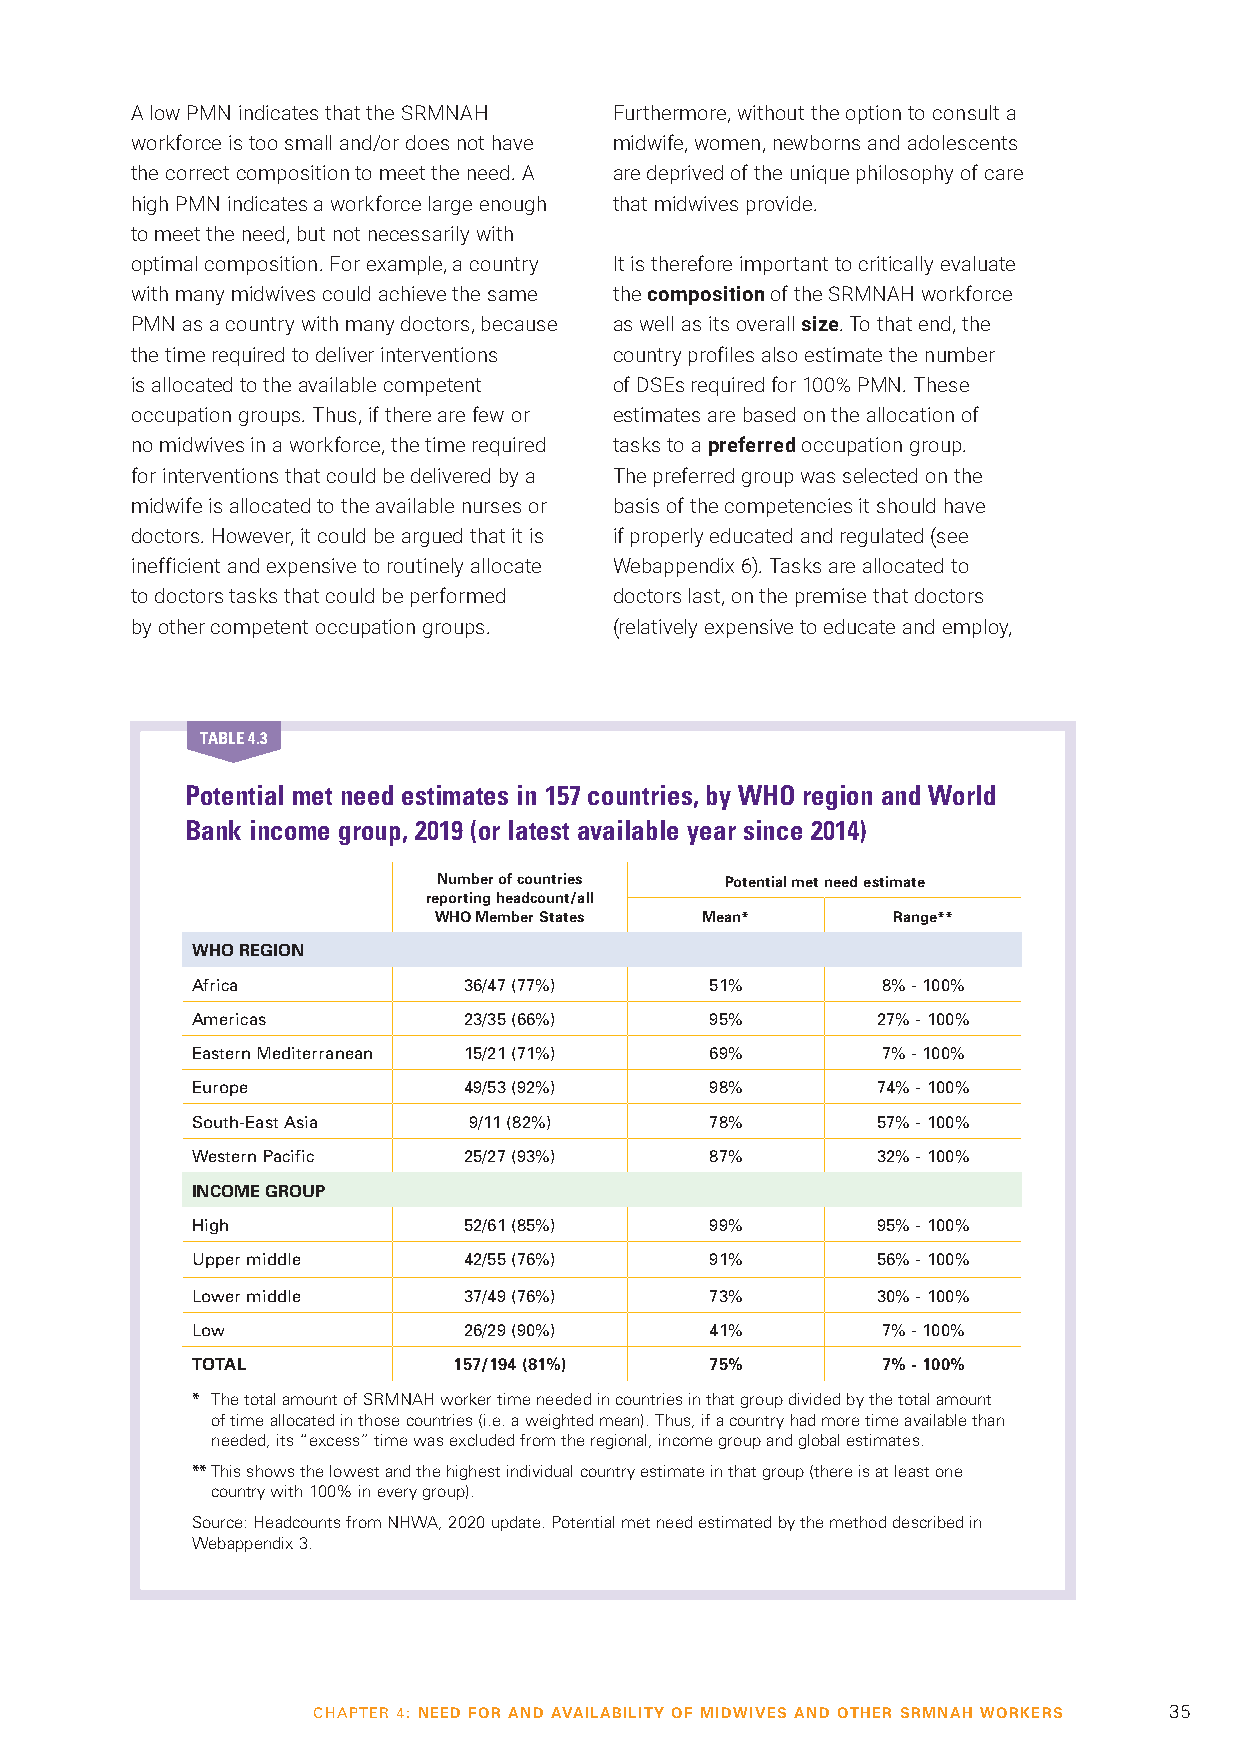
A low PMN indicates that the SRMNAH Furthermore, without the option to consult a
 workforce is too small and/or does not have midwife, women, newborns and adolescents
 the correct composition to meet the need. A are deprived of the unique philosophy of care
 high PMN indicates a workforce large enough that midwives provide.
 to meet the need, but not necessarily with
 optimal composition. For example, a country It is therefore important to critically evaluate
 with many midwives could achieve the same the composition of the SRMNAH workforce
 PMN as a country with many doctors, because as well as its overall size. To that end, the
 the time required to deliver interventions country profiles also estimate the number
 is allocated to the available competent of DSEs required for 100% PMN. These
 occupation groups. Thus, if there are few or estimates are based on the allocation of
 no midwives in a workforce, the time required tasks to a preferred occupation group.
 for interventions that could be delivered by a The preferred group was selected on the
 midwife is allocated to the available nurses or basis of the competencies it should have
 doctors. However, it could be argued that it is if properly educated and regulated (see
 inefficient and expensive to routinely allocate Webappendix 6). Tasks are allocated to
 to doctors tasks that could be performed doctors last, on the premise that doctors
 by other competent occupation groups. (relatively expensive to educate and employ,
 TABLE 4.3
 Potential met need estimates in 157 countries, by WHO region and World
 Bank income group, 2019 (or latest available year since 2014)
 Number of countries Potential met need estimate
 reporting headcount/all
 WHO Member States Mean*       Range**
 WHO REGION
 Africa            36/47 (77%)     51%        8% - 100%
 Americas          23/35 (66%)     95%        27% - 100%
 Eastern Mediterranean 15/21 (71%) 69%        7% - 100%
 Europe            49/53 (92%)     98%        74% - 100%
 South-East Asia   9/11 (82%)      78%        57% - 100%
 Western Pacific   25/27 (93%)     87%        32% - 100%
 INCOME GROUP
 High              52/61 (85%)     99%        95% - 100%
 Upper middle      42/55 (76%)     91%        56% - 100%
 Lower middle      37/49 (76%)     73%        30% - 100%
 Low               26/29 (90%)     41%        7% - 100%
 TOTAL            157/194 (81%)    75%        7% - 100%
 * The total amount of SRMNAH worker time needed in countries in that group divided by the total amount
 of time allocated in those countries (i.e. a weighted mean). Thus, if a country had more time available than
 needed, its “excess” time was excluded from the regional, income group and global estimates.
 ** This shows the lowest and the highest individual country estimate in that group (there is at least one
 country with 100% in every group).
 Source: Headcounts from NHWA, 2020 update. Potential met need estimated by the method described in
 Webappendix 3.
 CHAPTER 4: NEED FOR AND AVAILABILITY OF MIDWIVES AND OTHER SRMNAH WORKERS 35